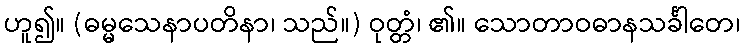
ဟူ၍။ (ဓမ္မသေနာပတိနာ၊ သည်။) ဝုတ္တံ၊ ၏။ သောတာဝဓာနသင်္ခါတေ၊